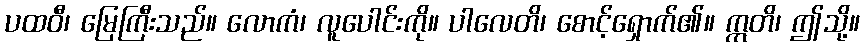
ပထဝီ၊ မြေကြီးသည်။ လောကံ၊ လူပေါင်းကို။ ပါလေတိ၊ စောင့်ရှောက်၏။ ဣတိ၊ ဤသို့။